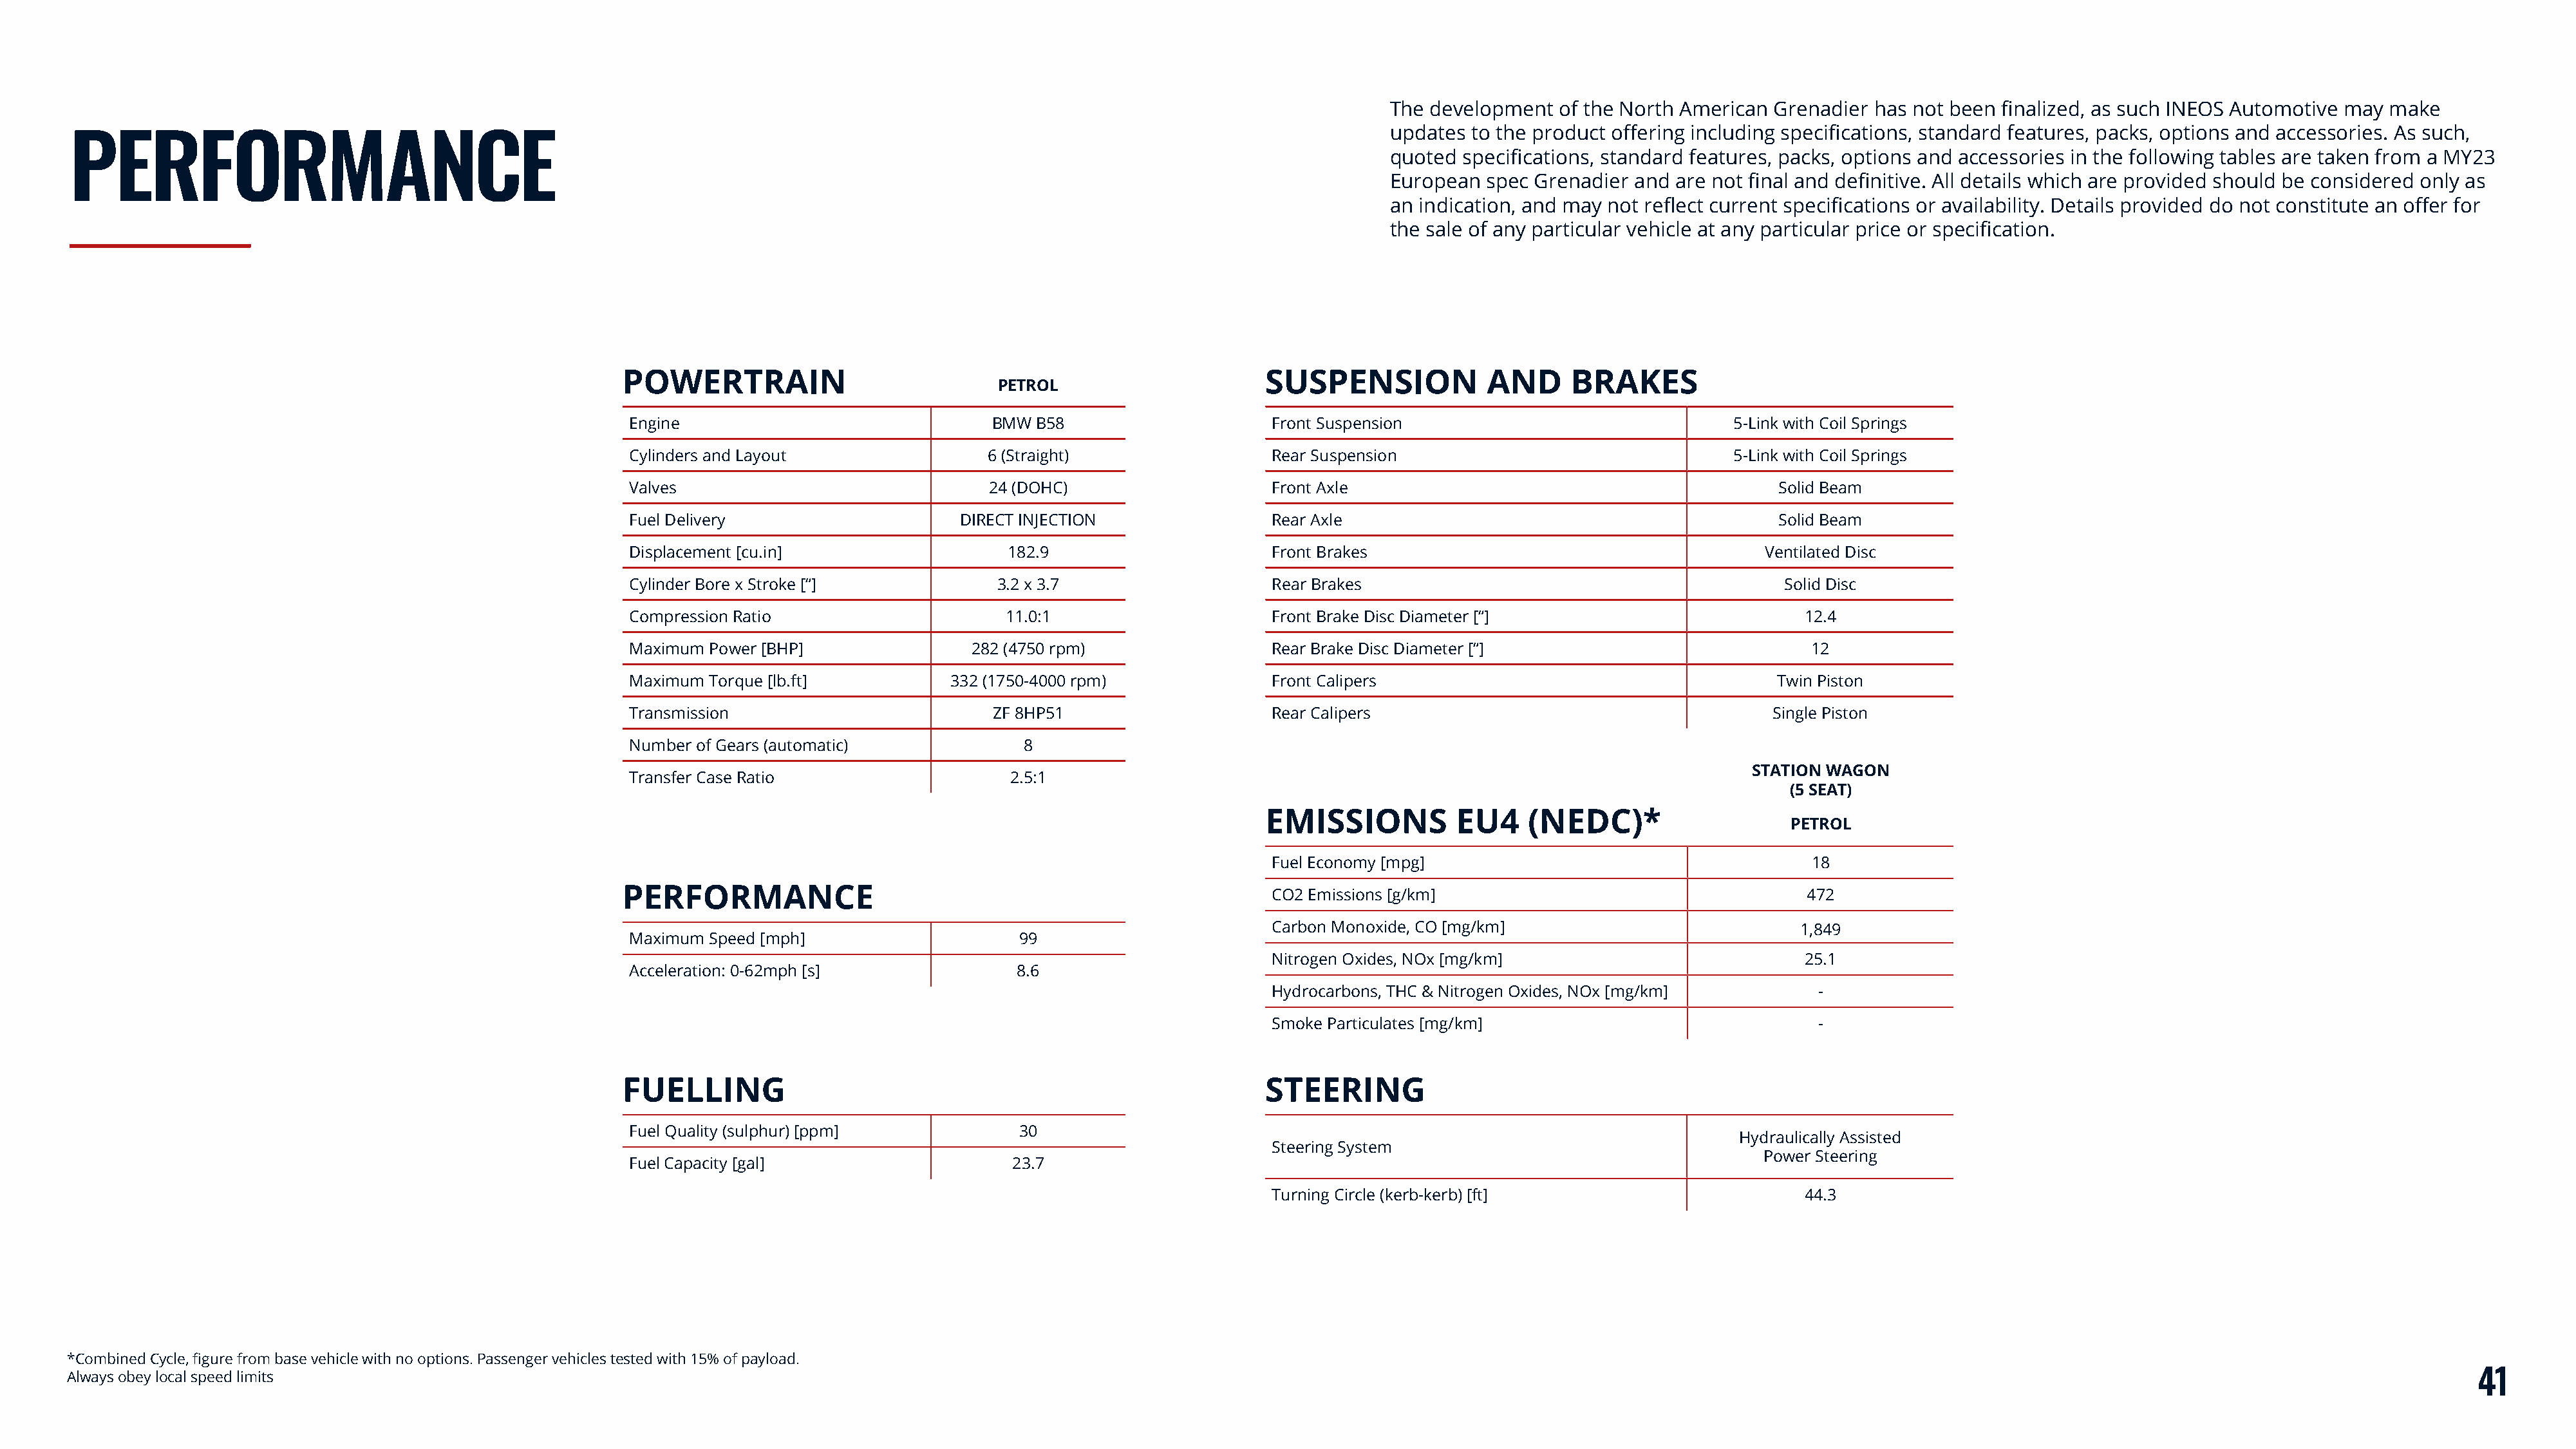
The development  of the North American Grenadier  has not been finalized, as such INEOS Automotive may make
 updates to the product offering including specifications, standard features, packs, options and accessories. As such,
 PERFORMANCE
 quoted specifications, standard features, packs, options and accessories in the following tables are taken from a MY23
 European  spec Grenadier and are not final and definitive. All details which are provided should be considered only as
 an indication, and may not reflect current specifications or availability. Details provided do not constitute an offer for
 the sale of any particular vehicle at any particular price or specification.
 POWERTRAIN                                                        SUSPENSION             AND     BRAKES
 PETROL
 Engine                               BMW B58                      Front Suspension                               5-Link with Coil Springs
 Cylinders and Layout                 6 (Straight)                 Rear Suspension                                5-Link with Coil Springs
 Valves                               24 (DOHC)                    Front Axle                                          Solid Beam
 Fuel Delivery                     DIRECT INJECTION                Rear Axle                                           Solid Beam
 Displacement [cu.in]                   182.9                      Front Brakes                                      Ventilated Disc
 Cylinder Bore x Stroke [“]            3.2 x 3.7                   Rear Brakes                                         Solid Disc
 Compression Ratio                     11.0:1                      Front Brake Disc Diameter [“]                          12.4
 Maximum Power [BHP]                282 (4750 rpm)                 Rear Brake Disc Diameter [“]                           12
 Maximum Torque [lb.ft]           332 (1750-4000 rpm)              Front Calipers                                      Twin Piston
 Transmission                         ZF 8HP51                     Rear Calipers                                      Single Piston
 Number of Gears (automatic)             8
 STATION WAGON
 Transfer Case Ratio                    2.5:1
 (5 SEAT)
 EMISSIONS           EU4    (NEDC)*
 PETROL
 Fuel Economy [mpg]                                     18
 PERFORMANCE                                                        CO2 Emissions [g/km]                                   472
 Carbon Monoxide, CO [mg/km]                           1,849
 Maximum Speed [mph]                     99
 Nitrogen Oxides, NOx [mg/km]                           25.1
 Acceleration: 0-62mph [s]               8.6
 Hydrocarbons, THC & Nitrogen Oxides, NOx [mg/km]        -
 Smoke Particulates [mg/km]                              -
 FUELLING                                                          STEERING
 Fuel Quality (sulphur) [ppm]            30
 Hydraulically Assisted
 Steering System
 Power Steering
 Fuel Capacity [gal]                    23.7
 Turning Circle (kerb-kerb) [ft]                        44.3
 *Combined Cycle, figure from base vehicle with no options. Passenger vehicles tested with 15% of payload.
 Always obey local speed limits                                                                                                                                                                                                                          41